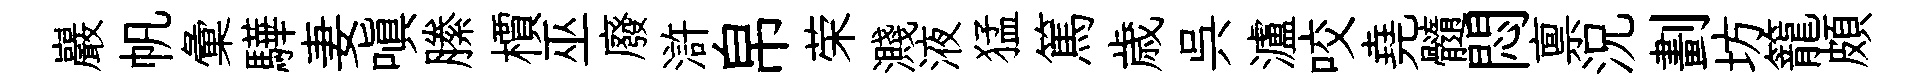
巖帆彙驊妻嗔縢檟巫廢滸帛荣濺液猛篤歳呉瀘咬堯髓悶禀況劃坊籠頗